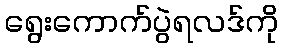
ရွေးကောက်ပွဲရလဒ်ကို